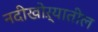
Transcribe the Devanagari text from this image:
नदीखोऱ्यातील